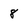
Character: 8